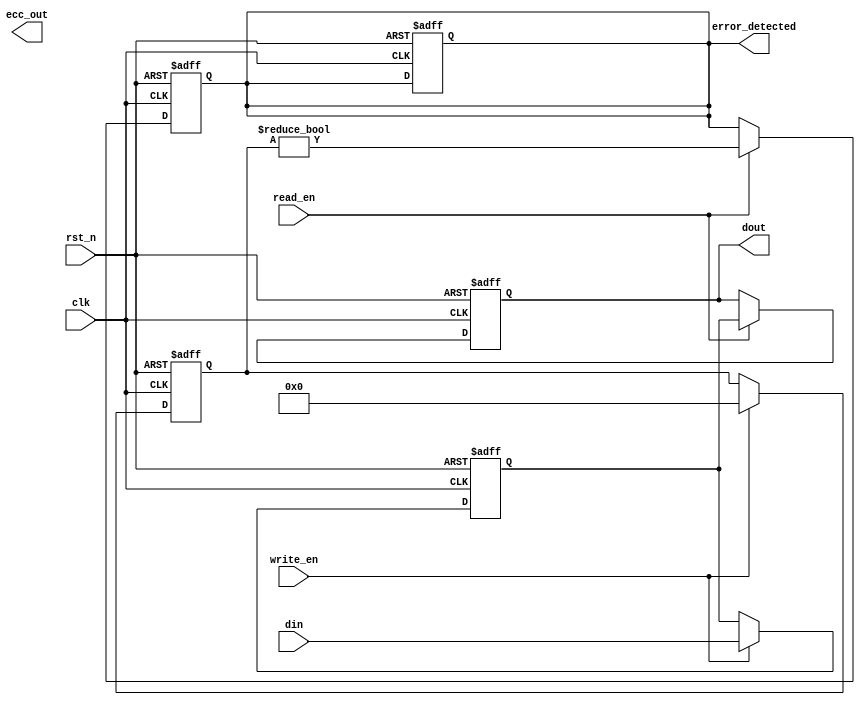
module ecc_dram_io_block #(
    parameter DATA_WIDTH = 32,         // Data width (8, 16, 32, etc.)
    parameter ECC_WIDTH = 6             // ECC width for Hamming code (example for 32-bit data)
)(
    input wire clk,                     // Clock signal
    input wire rst_n,                   // Active low reset
    input wire [DATA_WIDTH-1:0] din,    // Data input from external bus
    input wire write_en,                // Write enable signal
    input wire read_en,                 // Read enable signal
    output reg [DATA_WIDTH-1:0] dout,   // Data output to external bus
    output reg error_detected,          // Error detection signal
    output reg [ECC_WIDTH-1:0] ecc_out  // ECC bits output
);

// Internal signals
reg [DATA_WIDTH-1:0] data_reg;
reg [ECC_WIDTH-1:0] ecc_reg;

// ECC Logic (Hamming Code Example)
function [ECC_WIDTH-1:0] generate_ecc(input [DATA_WIDTH-1:0] data);
    // Simple Hamming code generator logic
    // Implement Hamming code generation here
    // For simplicity, returning a dummy value
    generate_ecc = 0; // Replace with actual ECC generation logic
endfunction

function [DATA_WIDTH-1:0] correct_data(input [DATA_WIDTH-1:0] data, input [ECC_WIDTH-1:0] ecc);
    // Simple Hamming code correction logic
    // Implement Hamming code correction here
    // For simplicity, returning the original data
    correct_data = data; // Replace with actual ECC correction logic
endfunction

// Write Operation
always @(posedge clk or negedge rst_n) begin
    if (!rst_n) begin
        data_reg <= 0;
        ecc_reg <= 0;
        error_detected <= 0;
    end else if (write_en) begin
        data_reg <= din;                     // Store input data
        ecc_reg <= generate_ecc(din);       // Generate ECC bits
    end
end

// Read Operation
always @(posedge clk or negedge rst_n) begin
    if (!rst_n) begin
        dout <= 0;
        error_detected <= 0;
    end else if (read_en) begin
        dout <= correct_data(data_reg, ecc_reg); // Corrected data output
        // Check for errors (dummy logic for illustration)
        error_detected <= (ecc_reg != generate_ecc(data_reg)); // Example error detection
    end
end

endmodule